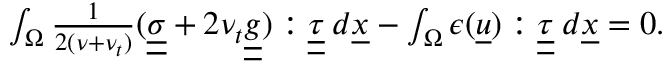
\begin{array} { r } { \int _ { \Omega } \frac { 1 } { 2 ( \nu + \nu _ { t } ) } ( \underline { { \underline { { \sigma } } } } + 2 \nu _ { t } \underline { { \underline { { g } } } } ) : \underline { { \underline { { \tau } } } } \: d \underline { { x } } - \int _ { \Omega } \epsilon ( \underline { { u } } ) : \underline { { \underline { { \tau } } } } \: d \underline { { x } } = 0 . } \end{array}